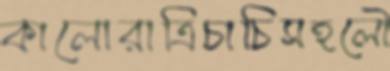
কালোরাত্রিচাচিসহলৌ